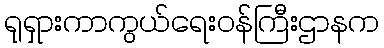
ရုရှားကာကွယ်ရေးဝန်ကြီးဌာနက